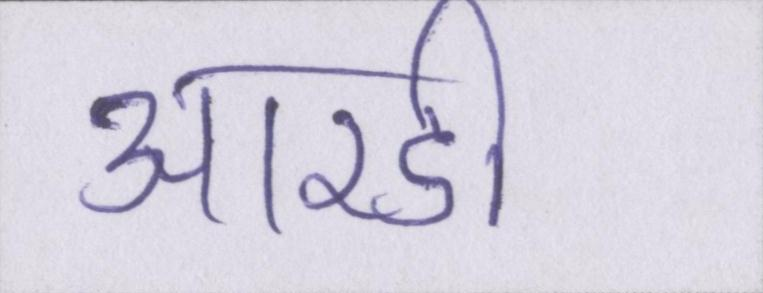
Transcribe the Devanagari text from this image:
आरडी